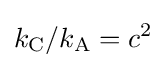
k_{\rm {C}}/k_{\rm {A}}=c^{2}